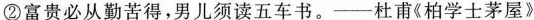
②富贵必从勤苦得，男儿须读五车书。——杜甫《柏学士茅屋》